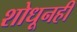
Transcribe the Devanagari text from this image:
शोधूनही